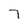
Character: 7